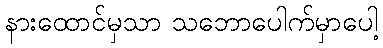
နားထောင်မှသာ သဘောပေါက်မှာပေါ့